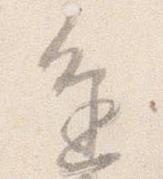
進